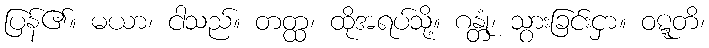
ပြန်၏။ မယာ၊ ငါသည်။ တတ္ထ၊ ထိုအရပ်သို့။ ဂန္တုံ၊ သွားခြင်းငှာ။ ဝဋ္ဋတိ၊